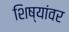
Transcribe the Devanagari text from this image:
शिष्यांवर